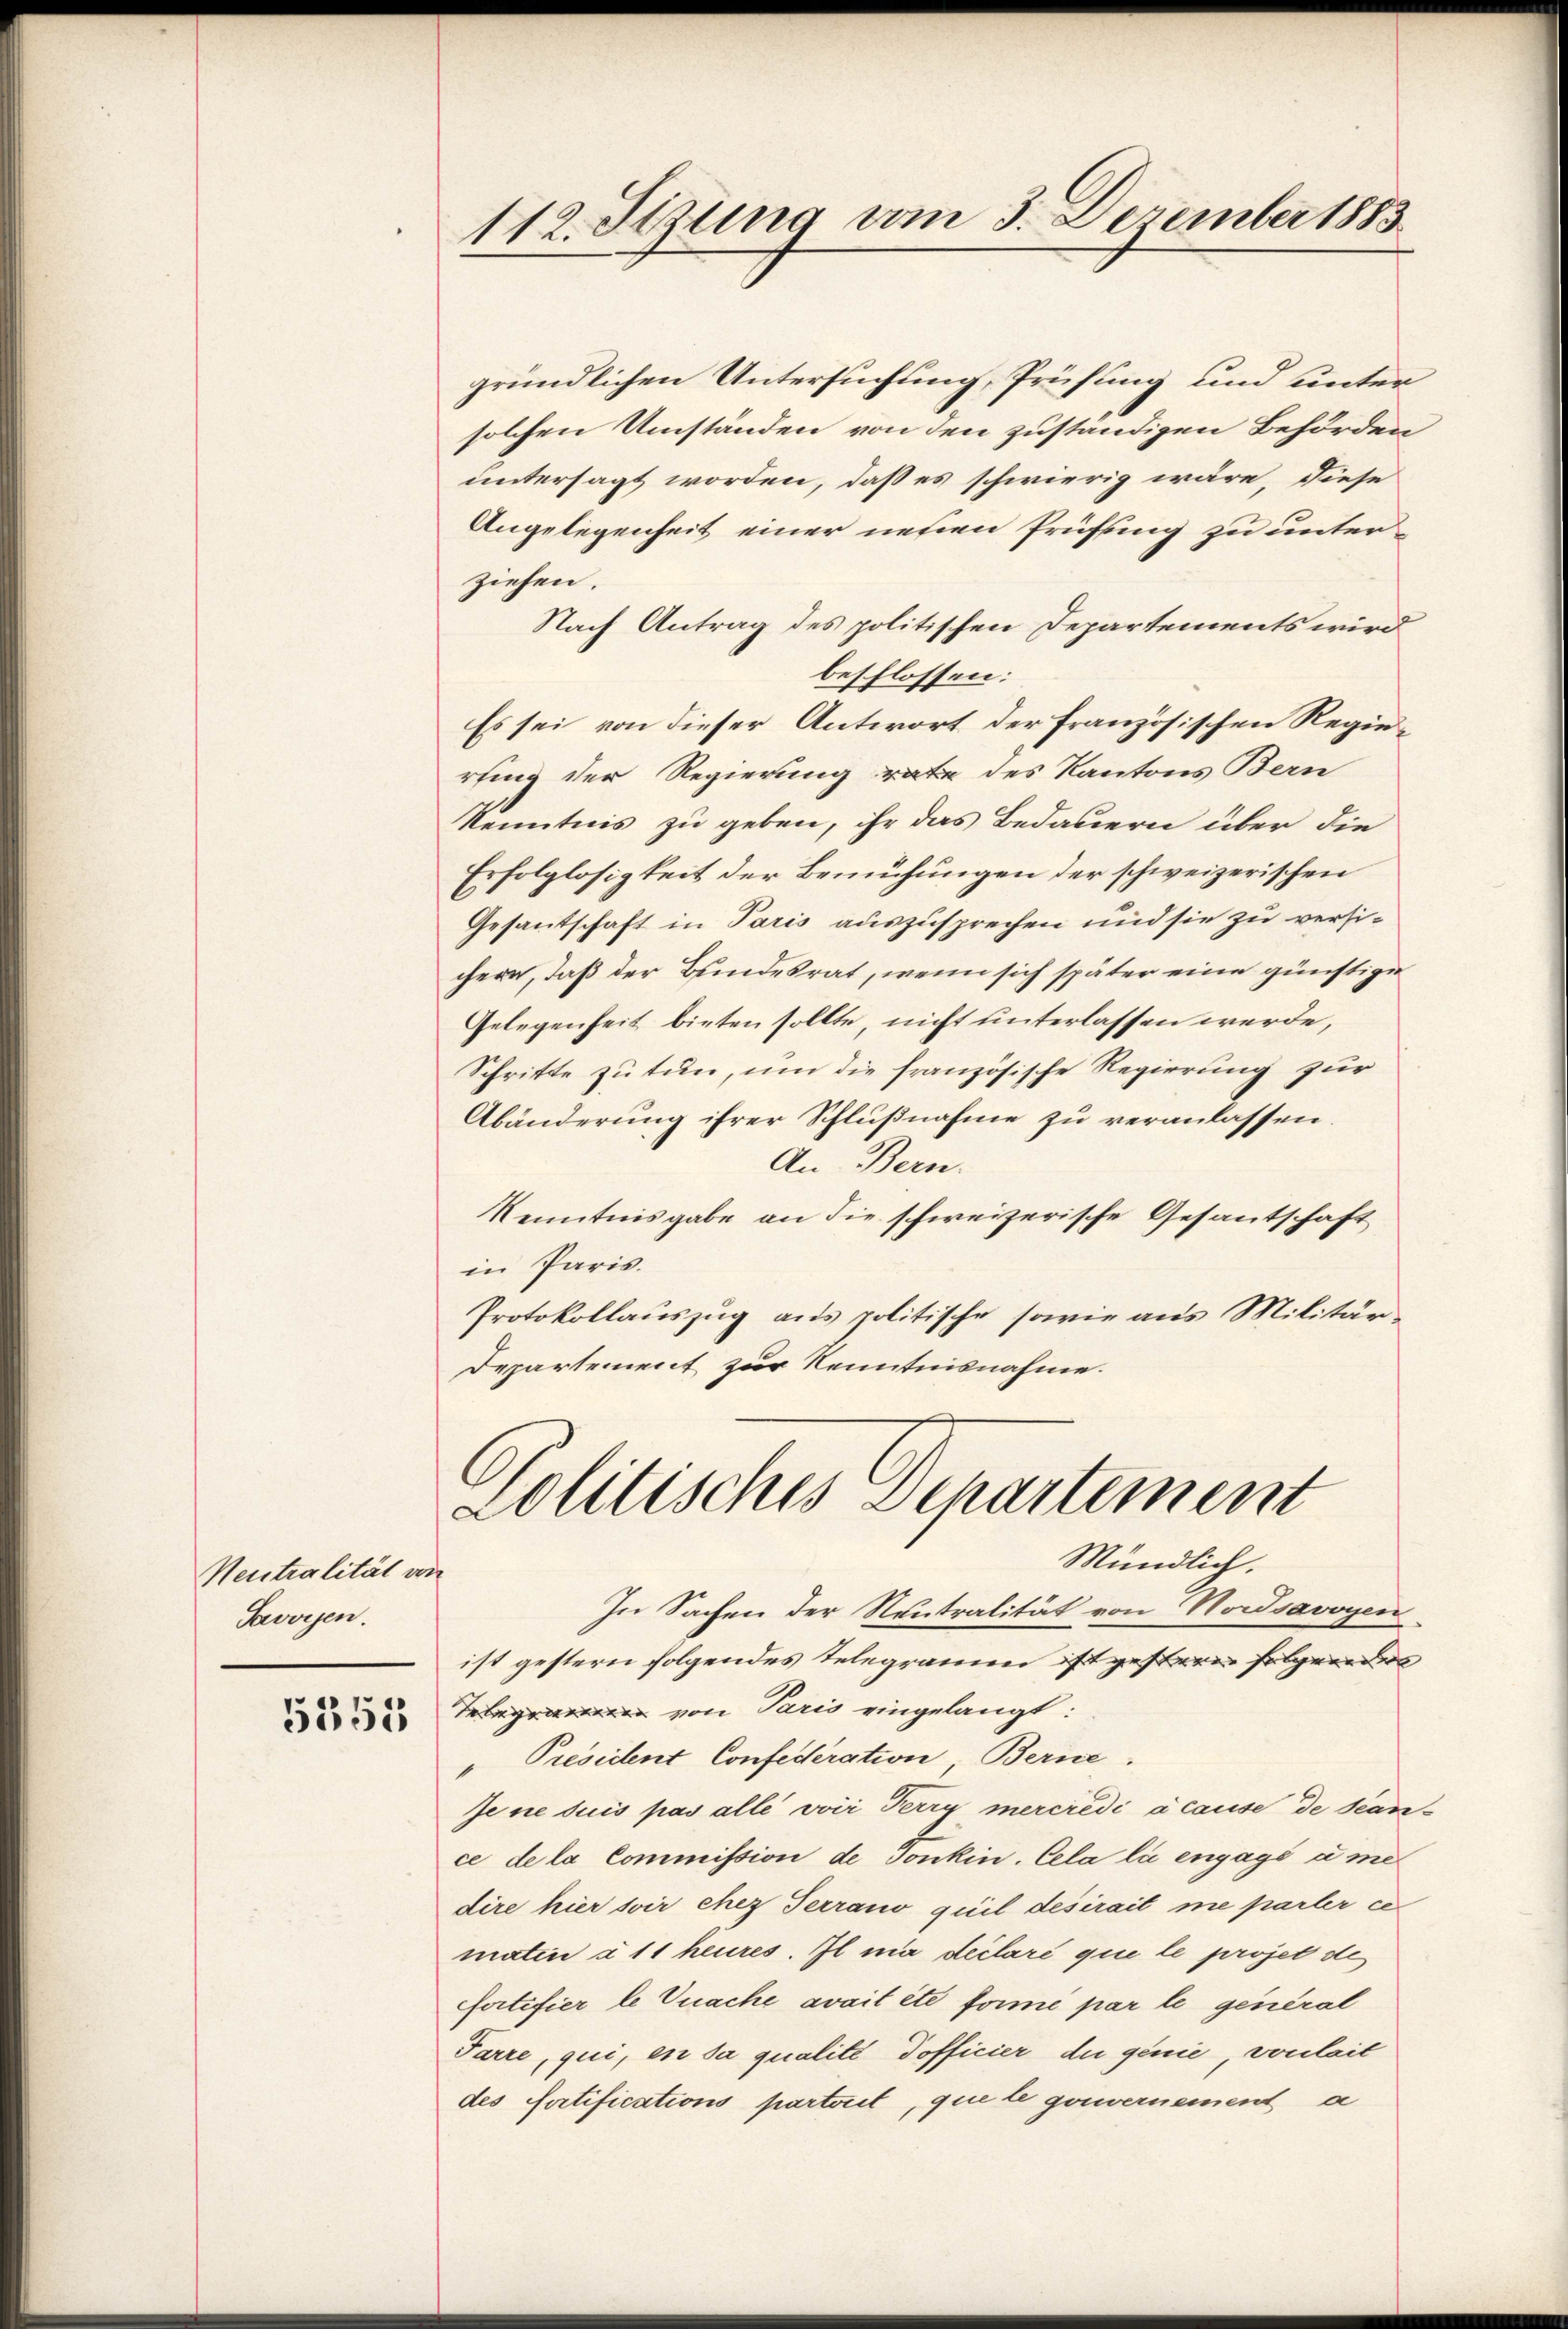
Neutralität von
Savoyen.

5353

112. Stzung am 3. Dezember 1883

gründlichen Untersuchung, Prüfung und unter
solchen Umständen von den zuständigen Behörden
untersagt worden, daß es schwierig wäre, diese
Angelegenheit einer nehmen Prüfung zu unterziehen.
Nach Antrag des politischen Departements wird
beschlossen:
Es sei von dieser Antwort der französischen Regierling der Regierung rate des Kantons Bern
Kenntnis zu geben, ihr das Bedauern über die
Erfolglosigkeit der Bemühungen der schweizerischen
Gesantschaft in Paris auszusprechen und sie zu versichern, daß der Bundesrat, wenn sich später eine günstige
Gelegenheit bieten sollte, nicht unterlassen werde,
Schritte zu tun, um die französische Regierung zur
Abänderung ihrer Schlußnahme zu veranlassen.
An Bern.
Kenntnisgabe an die schweizerische Gesantschaft
in Paris.
Protokollauszug aus politische sowie aus Militär-
Departement zur Kenntnisnahme.

zolitisches Departement
Mündlich.

In Sachen der Neutralität von Nordsavoyen
ist gestern folgendes Telegramm ist gesteren folgenders
g von Paris eingelangt:
"Président Confederation, Berne.
Jene suis pas alle voir Terry mercredi à cause de beance dela Commission de Jonkin. Cela lie engagé à me
dire hier soir chez Terrano quil desirait ne parter ce
matin à 11 heures. Il ma declaré que le projet de
fortifier le nache avait été formé par le general
Farre, qui, en da qualité Tofficier der genie, vonleit
des Fertifications partout, que le gouvernement a